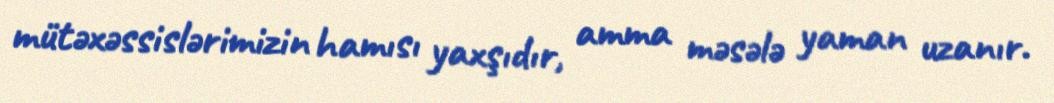
mütəxəssislərimizin hamısı yaxşıdır, amma məsələ yaman uzanır.